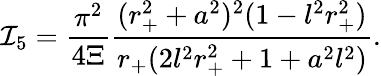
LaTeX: \mathcal{I}_{5}=\frac{{\pi^{2}}}{{4\Xi}}\frac{{(r_{+}^{2}+a^{2})^{2}(1-l^{2}r_{+}^{2})}}{{r_{+}(2l^{2}r_{+}^{2}+1+a^{2}l^{2})}}.